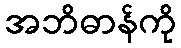
အဘိဓာန်ကို